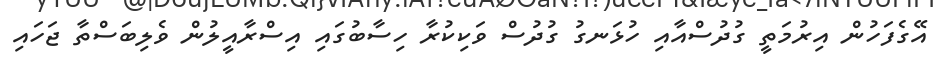
އޭގެފަހުން އިރުމަތީ ގުދުސްއާއި ހުޅަނގު ގުދުސް ވަކިކުރާ ހިސާބުގައި އިސްރާއީލުން ވެލިބަސްތާ ޖަހައި